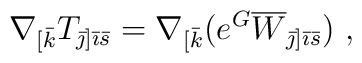
\nabla_{[\bar{k}} T_{{\bar\jmath}]{\bar\imath}{\bar{s}}} =\nabla_{[\bar{k}}(e^G \overline{W}_{{\bar\jmath}] {\bar\imath} \bar{s}})\ ,